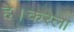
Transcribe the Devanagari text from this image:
है।करेला